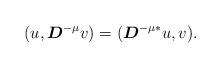
LaTeX: \begin{align*}(u, \boldsymbol{D}^{-\mu} v)=(\boldsymbol{D}^{-\mu*} u,v).\end{align*}